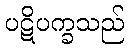
ပဋိပက္ခသည်